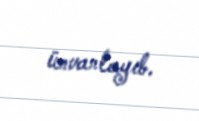
ünvanlayıb.